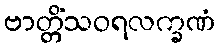
ဗာတ္တိံသဝရလက္ခဏံ